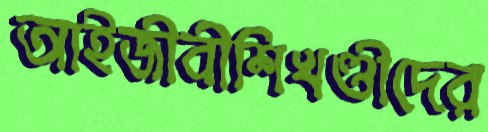
আইজীবীশিখণ্ডীদের